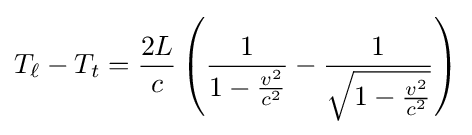
T_{\ell }-T_{t}={\frac {2L}{c}}\left({\frac {1}{1-{\frac {v^{2}}{c^{2}}}}}-{\frac {1}{\sqrt {1-{\frac {v^{2}}{c^{2}}}}}}\right)